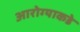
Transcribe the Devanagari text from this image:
आरोग्याकडे